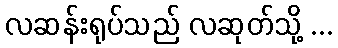
လဆန်းရုပ်သည် လဆုတ်သို့ ...